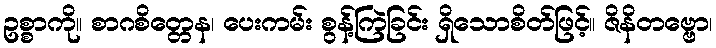
ဥစ္စာကို။ စာဂစိတ္တေန၊ ပေးကမ်း စွန့်ကြဲခြင်း ရှိသောစိတ်ဖြင့်။ ဇိနိတဗ္ဗော၊